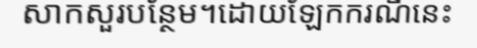
សាកសួរបន្ថែម។ដោយឡែកករណីនេះ